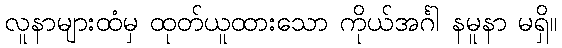
လူနာများထံမှ ထုတ်ယူထားသော ကိုယ်အင်္ဂါ နမူနာ မရှိ။